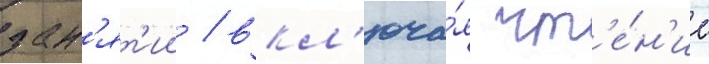
зан'ят'ии / вкл'юча́я чт'е́н'ие